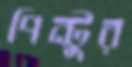
পিন্টুর